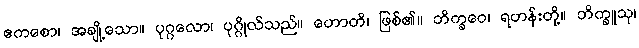
ဧကစော၊ အချို့သော။ ပုဂ္ဂလော၊ ပုဂ္ဂိုလ်သည်။ ဟောတိ၊ ဖြစ်၏။ ဘိက္ခဝေ၊ ရဟန်းတို့။ ဘိက္ခူသု၊